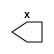
module m_2 (x);
   output x;
   reg	  x;
endmodule